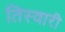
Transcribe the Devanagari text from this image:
तिस्वारी